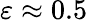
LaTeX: \varepsilon\approx 0.5